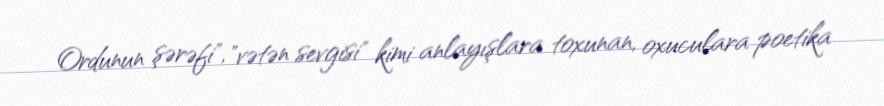
Ordunun şərəfi", "vətən sevgisi" kimi anlayışlara toxunan, oxuculara poetika